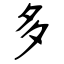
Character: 多